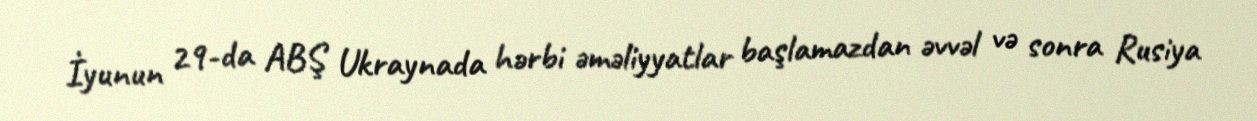
İyunun 29-da ABŞ Ukraynada hərbi əməliyyatlar başlamazdan əvvəl və sonra Rusiya